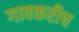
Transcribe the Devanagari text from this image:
गावकरीच